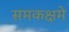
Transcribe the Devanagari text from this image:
समकक्षमे